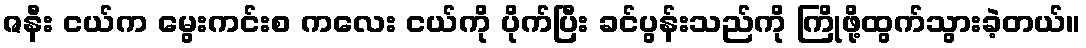
ဇနီး ငယ်က မွေးကင်းစ ကလေး ငယ်ကို ပိုက်ပြီး ခင်ပွန်းသည်ကို ကြိုဖို့ထွက်သွားခဲ့တယ်။